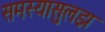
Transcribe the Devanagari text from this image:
समस्यासुलझ